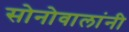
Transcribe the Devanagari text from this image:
सोनोवालांनी